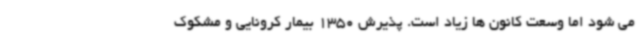
می شود اما وسعت کانون ها زیاد است. پذیرش 1350 بیمار کرونایی و مشکوک